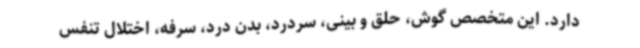
دارد. این متخصص گوش، حلق و بینی، سردرد، بدن درد، سرفه، اختلال تنفس